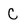
Character: C